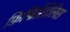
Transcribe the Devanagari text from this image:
फ़िम्ब्रिस्टिलिस